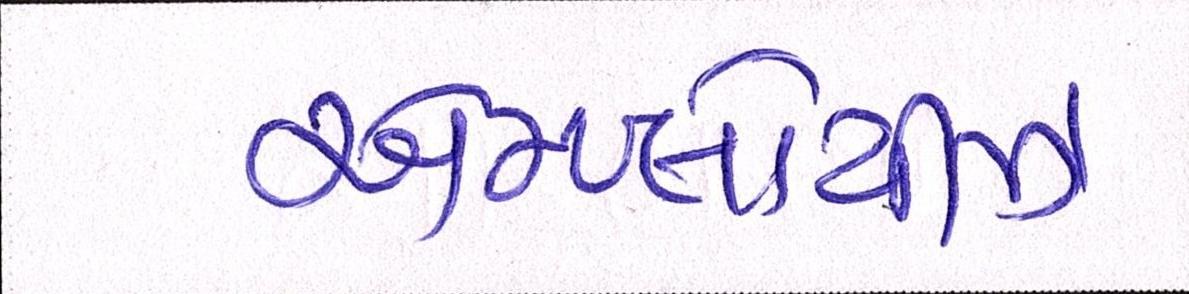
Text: એમ્પ્લોયીઝ